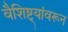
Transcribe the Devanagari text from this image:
वैशिष्ट्यांवरून